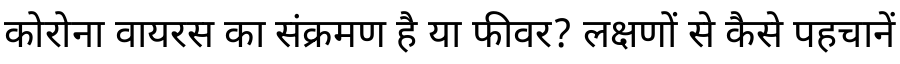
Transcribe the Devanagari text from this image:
कोरोना वायरस का संक्रमण है या फीवर? लक्षणों से कैसे पहचानें